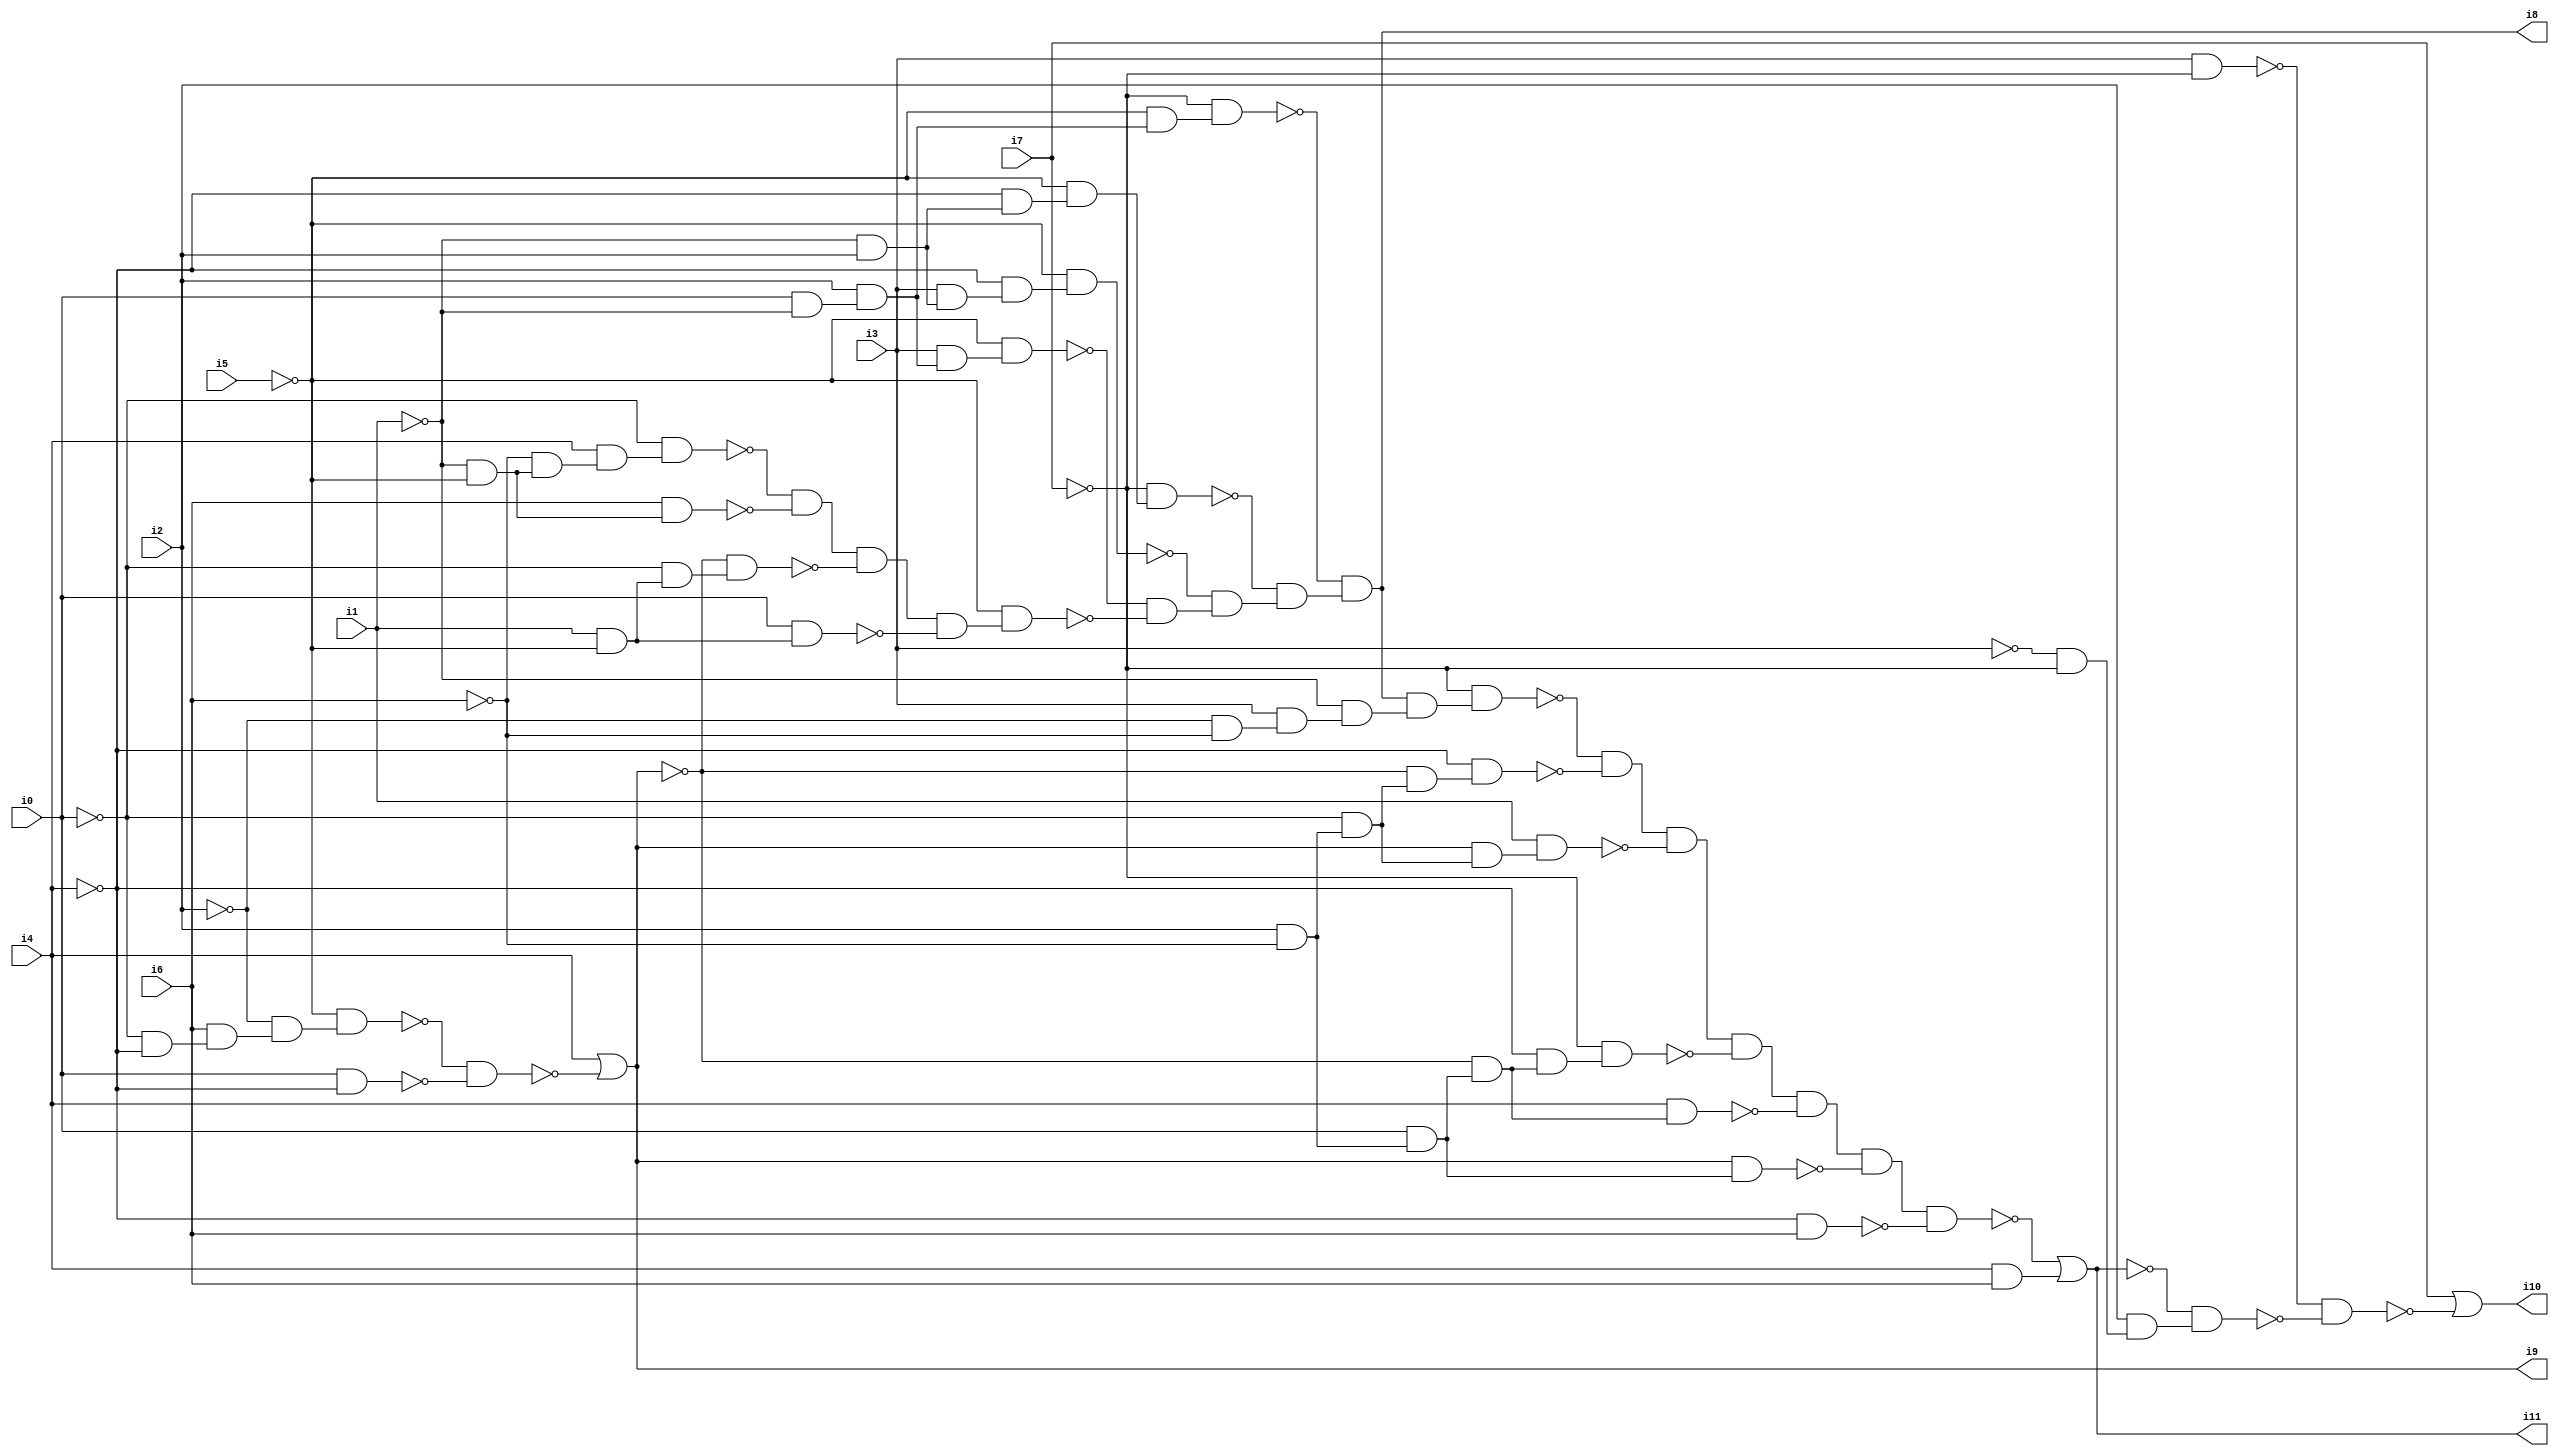
// Benchmark "SKOLEMFORMULA" written by ABC on Mon May  4 05:26:25 2020

module SKOLEMFORMULA ( 
    i0, i1, i2, i3, i4, i5, i6, i7,
    i8, i9, i10, i11  );
  input  i0, i1, i2, i3, i4, i5, i6, i7;
  output i8, i9, i10, i11;
  wire n13, n14, n15, n16, n17, n18, n20, n21, n22, n23, n24, n25, n26, n27,
    n28, n29, n30, n31, n32, n33, n34, n35, n36, n37, n38, n39, n40, n41,
    n42, n43, n44, n45, n46, n47, n48, n50, n51, n52, n53, n54, n55, n56,
    n57, n58, n59, n60, n61, n62, n63, n64, n65, n66, n67, n68, n69, n70,
    n71, n72, n73, n74, n76, n77, n78, n79, n80;
  assign n13 = ~i0 & ~i4;
  assign n14 = i6 & n13;
  assign n15 = ~i2 & n14;
  assign n16 = ~i5 & n15;
  assign n17 = i0 & ~i4;
  assign n18 = ~n16 & ~n17;
  assign i9 = i4 | ~n18;
  assign n20 = i0 & ~i1;
  assign n21 = i2 & n20;
  assign n22 = i3 & n21;
  assign n23 = ~i5 & n22;
  assign n24 = ~i1 & i2;
  assign n25 = i3 & n24;
  assign n26 = ~i4 & n25;
  assign n27 = ~i5 & n26;
  assign n28 = ~i4 & n24;
  assign n29 = ~i5 & n28;
  assign n30 = ~i7 & n29;
  assign n31 = ~i5 & n21;
  assign n32 = ~i7 & n31;
  assign n33 = ~i1 & ~i5;
  assign n34 = ~i6 & n33;
  assign n35 = i4 & n34;
  assign n36 = ~i0 & n35;
  assign n37 = i6 & n33;
  assign n38 = ~n36 & ~n37;
  assign n39 = i1 & ~i5;
  assign n40 = ~i0 & n39;
  assign n41 = ~i9 & n40;
  assign n42 = n38 & ~n41;
  assign n43 = i0 & n39;
  assign n44 = n42 & ~n43;
  assign n45 = ~i5 & n44;
  assign n46 = ~n23 & ~n45;
  assign n47 = ~n27 & n46;
  assign n48 = ~n30 & n47;
  assign i8 = ~n32 & n48;
  assign n50 = ~i2 & ~i6;
  assign n51 = i3 & n50;
  assign n52 = ~i1 & n51;
  assign n53 = i8 & n52;
  assign n54 = ~i7 & n53;
  assign n55 = i2 & ~i6;
  assign n56 = ~i0 & n55;
  assign n57 = ~i9 & n56;
  assign n58 = ~i4 & n57;
  assign n59 = ~n54 & ~n58;
  assign n60 = i9 & n56;
  assign n61 = i1 & n60;
  assign n62 = n59 & ~n61;
  assign n63 = i0 & n55;
  assign n64 = ~i9 & n63;
  assign n65 = ~i4 & n64;
  assign n66 = ~i7 & n65;
  assign n67 = n62 & ~n66;
  assign n68 = i4 & n64;
  assign n69 = n67 & ~n68;
  assign n70 = i9 & n63;
  assign n71 = n69 & ~n70;
  assign n72 = ~i4 & i6;
  assign n73 = n71 & ~n72;
  assign n74 = i4 & i6;
  assign i11 = ~n73 | n74;
  assign n76 = i3 & ~i7;
  assign n77 = ~i3 & ~i7;
  assign n78 = i2 & n77;
  assign n79 = ~i11 & n78;
  assign n80 = ~n76 & ~n79;
  assign i10 = i7 | ~n80;
endmodule